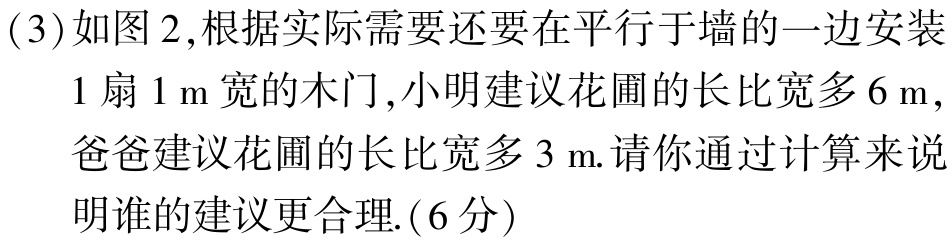
(3)如图2,根据实际需要还要在平行于墙的一边安装
1扇1 m宽的木门,小明建议花圃的长比宽多6 m,
爸爸建议花圃的长比宽多3 m.请你通过计算来说
明谁的建议更合理.(6分)